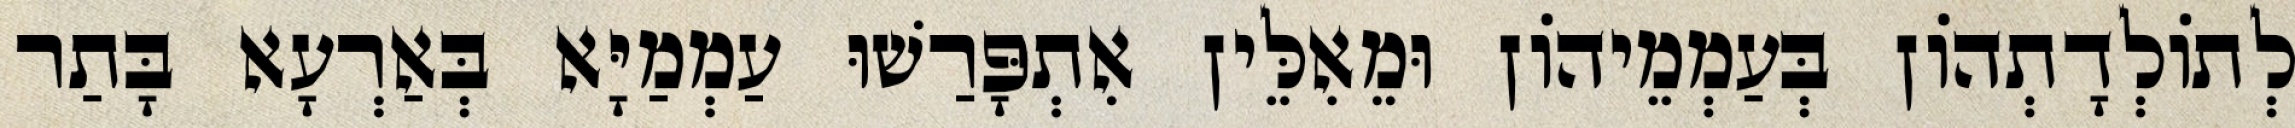
לְתוֹלְדָתְהוֹן בְּעַמְמֵיהוֹן וּמֵאִלֵּין אִתְפָּרַשׁוּ עַמְמַיָּא בְּאַרְעָא בָּתַר